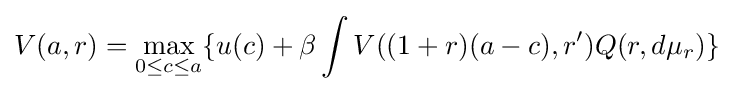
V(a,r)=\max _{0\leq c\leq a}\{u(c)+\beta \int V((1+r)(a-c),r')Q(r,d\mu _{r})\}